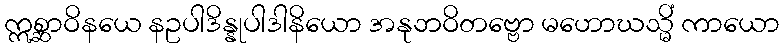
ဣစ္ဆာဝိနယေ နဥပါဒိန္နုပါဒါနိယော အနုဘဝိတဗ္ဗော မဟောဃသ္မိံ ကာယော